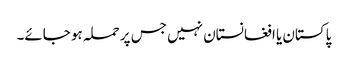
پاکستان یا افغانستان نہیں جس پر حملہ ہو جائے۔